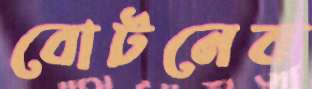
বোটনেক